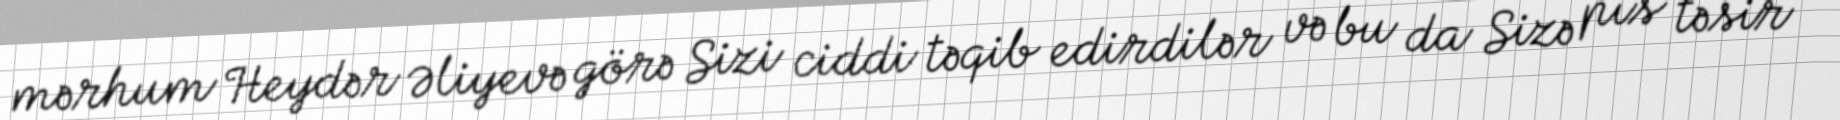
mərhum Heydər Əliyevə görə Sizi ciddi təqib edirdilər və bu da Sizə pis təsir